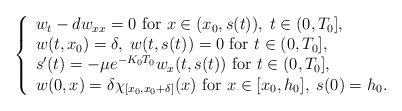
LaTeX: \begin{align*}\left\{\begin{array}{l}w_t-dw_{xx}=0 \mbox{ for } x\in (x_0, s(t)), \; t\in (0, T_0],\\w(t, x_0)=\delta,\; w(t, s(t))=0 \mbox{ for } t\in (0, T_0],\\s'(t)=-\mu e^{-K_0T_0} w_x(t,s(t)) \mbox{ for } t\in (0, T_0],\\w(0,x)=\delta \chi_{[x_0, x_0+\delta]}(x) \mbox{ for } x\in [x_0, h_0],\; s(0)=h_0.\end{array}\right.\end{align*}